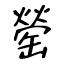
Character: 罃